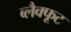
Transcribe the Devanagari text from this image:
ब्लैक्फूट